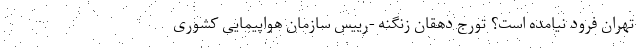
تهران فرود نیامده است؟ تورج دهقان زنگنه -رییس سازمان هواپیمایی کشوری